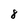
Character: 8